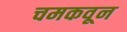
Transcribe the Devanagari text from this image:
चमकवून